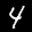
Label: 4